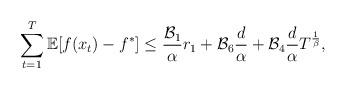
LaTeX: \begin{align*} \sum_{t=1}^{T}\mathbb{E}[f(x_{t})-f^*]\leq \frac{\mathcal{B}_1}{\alpha}r_{1}+\mathcal{B}_{6}\frac{d}{\alpha}+\mathcal{B}_{4}\frac{d}{\alpha}T^{\frac{1}{\beta}},\end{align*}